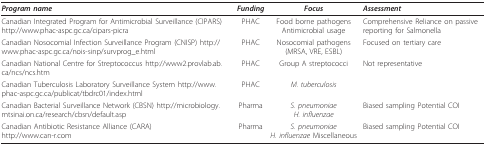
| Program name | Funding | Focus | Assessment |
 | --- | --- | --- | --- |
 | Canadian Integrated Program for Antimicrobial Surveillance (CIPARS) http://www.phac-aspc.gc.ca/cipars-picra | PHAC | Food borne pathogens Antimicrobial usage | Comprehensive Reliance on passive reporting for Salmonella |
 | Canadian Nosocomial Infection Surveillance Program (CNISP) http://www.phac-aspc.gc.ca/nois-sinp/survprog_e.html | PHAC | Nosocomial pathogens (MRSA, VRE, ESBL) | Focused on tertiary care |
 | Canadian National Centre for Streptococcus http://www2.provlab.ab.ca/ncs/ncs.htm | PHAC | Group A streptococci | Not representative |
 | Canadian Tuberculosis Laboratory Surveillance System http://www.phac-aspc.gc.ca/publicat/tbdrc01/index.html | PHAC | M. tuberculosis |  |
 | Canadian Bacterial Surveillance Network (CBSN) http://microbiology.mtsinai.on.ca/research/cbsn/default.asp | Pharma | S. pneumoniaeH. influenzae | Biased sampling Potential COI |
 | Canadian Antibiotic Resistance Alliance (CARA)http://www.can-r.com | Pharma | S. pneumoniaeH. influenzae Miscellaneous | Biased sampling Potential COI |